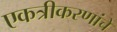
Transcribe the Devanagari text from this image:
एकत्रीकरणांचे